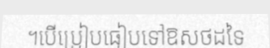
។បើប្រៀបធៀបទៅឱសថដទៃ